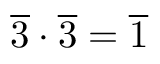
{ \overline { { 3 } } } \cdot { \overline { { 3 } } } = { \overline { { 1 } } }